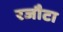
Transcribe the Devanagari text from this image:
रजौटा